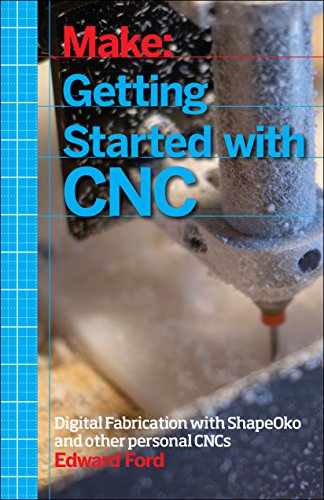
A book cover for Make: Getting Started with CNC; Edward Ford; Engineering & Transportation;